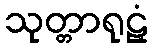
သုတ္တာရုဠှံ